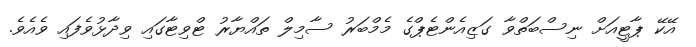
އޭކޭ ޕާޓީއަށް ނިސްބަތްވާ ގަޒިއެންޓެޕްގެ މެމްބަރު ސާމިލް ތައްޔާރު ޓްވިޓާގައި ވިދާޅުވެފައި ވެއެވެ.